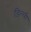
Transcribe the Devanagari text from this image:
डिल्ली